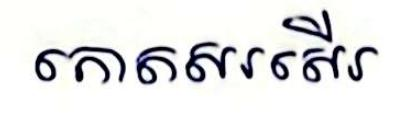
កោតសរសើរ